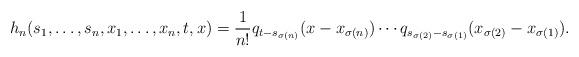
LaTeX: \begin{align*}h_n(s_1,\dots, s_n, x_1,\dots, x_n, t,x)=\frac{1}{n!} q_{t-s_{\sigma(n)}}(x-x_{\sigma(n)})\cdots q_{s_{\sigma(2)}-s_{\sigma(1)}}(x_{\sigma(2)}-x_{\sigma(1)}).\end{align*}